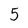
Character: 5